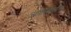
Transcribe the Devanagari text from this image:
ज्योतिःशास्त्रीय